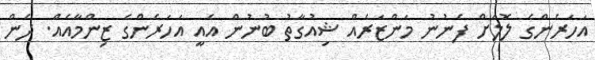
އަހަރެންގެ ލޮލަށް ފެނުނު މަންޒަރެއް ޝިއުގާތު ބުނުން އެއީ އަހަރެންގެ ޒިންމާއެއް. ދެން